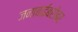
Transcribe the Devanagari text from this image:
जनाबाईंबरोबर